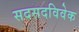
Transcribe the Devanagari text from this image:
सदसदविवेक